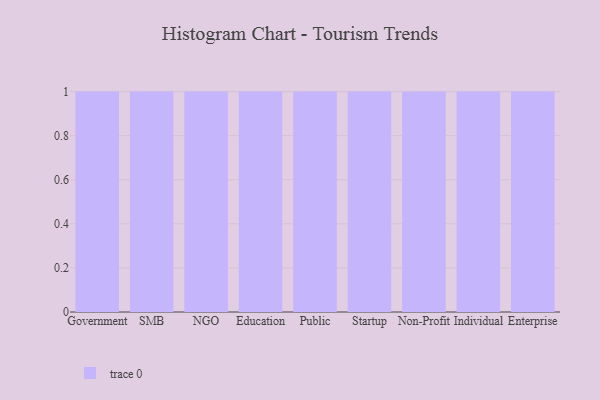
{"axis": {"x": "Segment", "y": "Backlog"}, "legend": [""], "data": [{"x": "Government", "y": 87, "type": ""}, {"x": "SMB", "y": 66, "type": ""}, {"x": "NGO", "y": 43, "type": ""}, {"x": "Education", "y": 37, "type": ""}, {"x": "Public", "y": 45, "type": ""}, {"x": "Startup", "y": 16, "type": ""}, {"x": "Non-Profit", "y": 68, "type": ""}, {"x": "Individual", "y": 95, "type": ""}, {"x": "Enterprise", "y": 13, "type": ""}]}